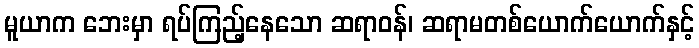
မူယာက ဘေးမှာ ရပ်ကြည့်နေသော ဆရာဝန်၊ ဆရာမတစ်ယောက်ယောက်နှင့်